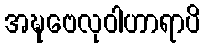
အဍ္ဎဗေလုဝါဟာရာပိ